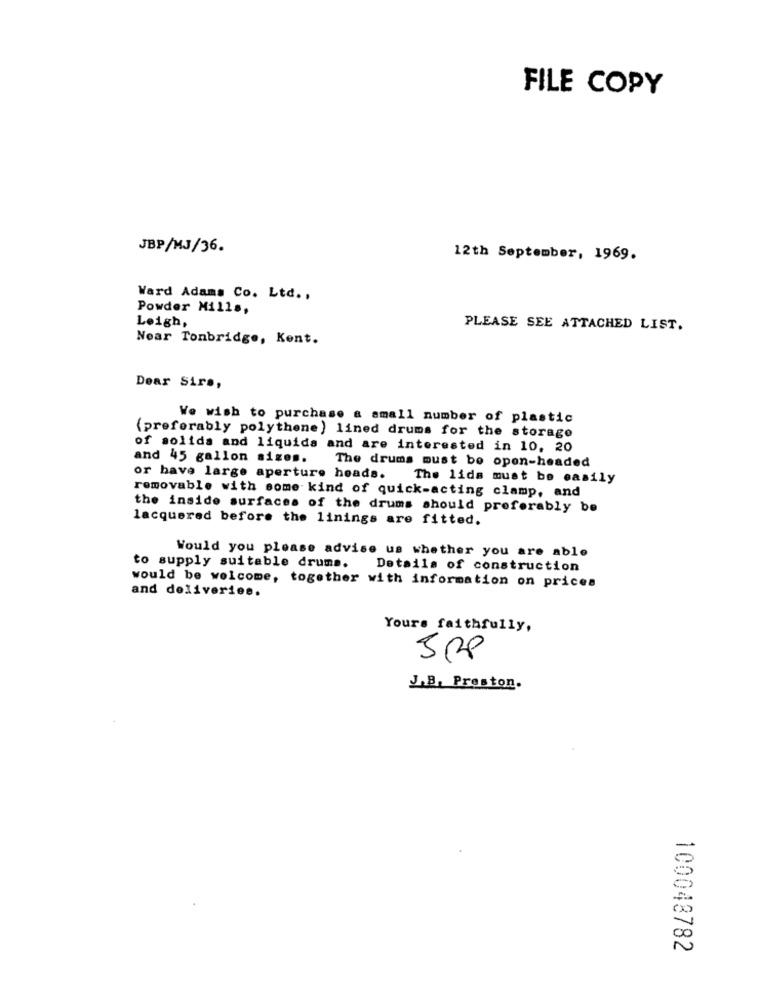
FILE COPY
JBP/MJ/36.
12th September, 1969.
Ward Adams Co. Ltd .,
Powder Mills,
Leigh,
PLEASE SEE ATTACHED LIST.
Near Tonbridge, Kent.
Dear Sir .,
We wish to purchase a small number of plastic
(preferably polythene ) lined drums for the storage
of solida and liquids and are interested in 10, 20
and 45 gallon sizes.
The drums must be open-headed
or have large aperture heads.
The lids must be easily
removable with some kind of quick-acting clamp, and
the inside surfaces of the drums should preferably be
lacquered before the linings are fitted.
Would you please advise us whether you are able
to supply suitable drums.
Details of construction
would be welcome, together with information on prices
and deliveries.
Yours faithfully,
SPP
J.B, Preston.
-
2
100048782